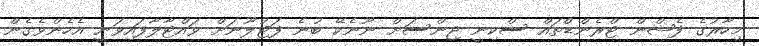
މިހާރުގެ ފެޝްން ޓްރެންޑްތައް ސްކިނީ ޖިންސަށް ނޫނެކޭ ބުނެ ފަޓުލޫނަށް ވައްޓާލާފައިވަނީ އެހެންވެގެން